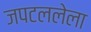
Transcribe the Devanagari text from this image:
जपटललेला